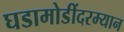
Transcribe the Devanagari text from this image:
घडामोडींदरम्यान